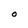
Character: O